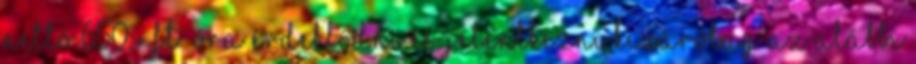
nettó 650,- Ft óra Érdeklődni és jelentkezni kizárólag az alábbi